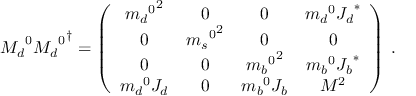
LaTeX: { M _ { d } } ^ { 0 } { { M _ { d } } ^ { 0 } } ^ { \dagger } = \left( \begin{array} { c c c c } { { { { m _ { d } } ^ { 0 } } ^ { 2 } } } & { { 0 } } & { { 0 } } & { { { m _ { d } } ^ { 0 } { J _ { d } } ^ { \ast } } } \\ { { 0 } } & { { { { m _ { s } } ^ { 0 } } ^ { 2 } } } & { { 0 } } & { { 0 } } \\ { { 0 } } & { { 0 } } & { { { { m _ { b } } ^ { 0 } } ^ { 2 } } } & { { { m _ { b } } ^ { 0 } { J _ { b } } ^ { \ast } } } \\ { { { m _ { d } } ^ { 0 } J _ { d } } } & { { 0 } } & { { { m _ { b } } ^ { 0 } J _ { b } } } & { { M ^ { 2 } } } \end{array} \right) \: .